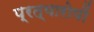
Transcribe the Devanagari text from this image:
प्रत्यारोपों